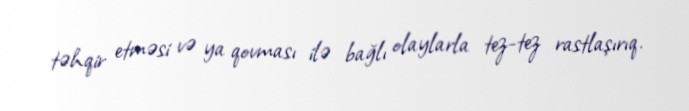
təhqir etməsi və ya qovması ilə bağlı olaylarla tez-tez rastlaşırıq.